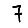
Digit: 7